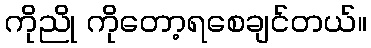
ကိုညို ကိုတော့ရစေချင်တယ်။